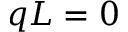
q L = 0